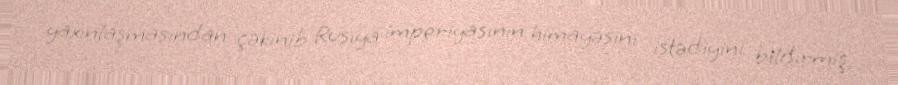
yaxınlaşmasından çəkinib Rusiya imperiyasının himayəsini istədiyini bildirmiş,